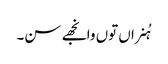
ہُنراں توں وانجھے سن۔